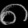
Digit: ၈